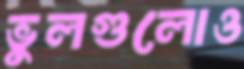
ভুলগুলোও